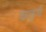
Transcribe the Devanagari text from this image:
कालूजी